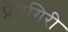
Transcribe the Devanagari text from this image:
प्रेमगिरी